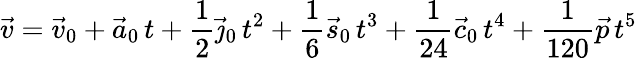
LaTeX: {\vec{v}}={\vec{v}}_{0}+{\vec{a}}_{0}\, t+{\frac{1}{2}}{\vec{\jmath}}_{0}\, t^{2}+{\frac{1}{6}}{\vec{s}}_{0}\, t^{3}+{\frac{1}{24}}{\vec{c}}_{0}\, t^{4}+{\frac{1}{120}}{\vec{p}}\, t^{5}